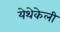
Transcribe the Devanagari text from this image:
येथेकेली